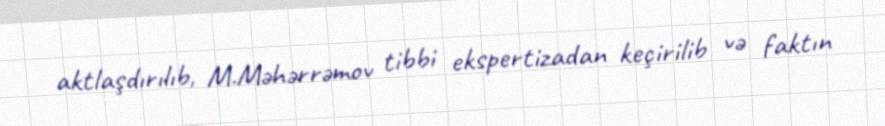
aktlaşdırılıb, M.Məhərrəmov tibbi ekspertizadan keçirilib və faktın